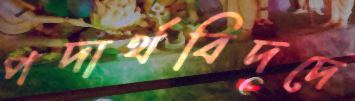
পদার্থবিদদে